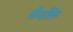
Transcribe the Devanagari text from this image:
बैयक्ति